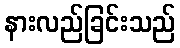
နားလည်ခြင်းသည်